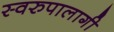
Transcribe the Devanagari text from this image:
स्वरुपालागी